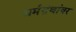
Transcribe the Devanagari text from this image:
धर्मग्रंथांवर